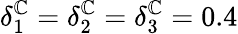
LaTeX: \delta_{1}^{\mathbb{C}}=\delta_{2}^{\mathbb{C}}=\delta_{3}^{\mathbb{C}}=0.4